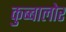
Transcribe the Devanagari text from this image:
कुब्बालोर